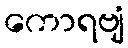
ကောရဗျံ